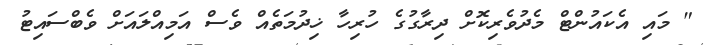
" މައި އެކައުންޓް މެދުވެރިކޮށް ދިރާގުގެ ހުރިހާ ޚިދުމަތެއް ވެސް އަމިއްލައަށް ވެބްސައިޓު